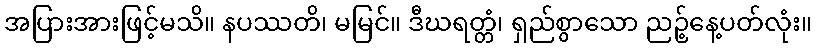
အပြားအားဖြင့်မသိ။ နပဿတိ၊ မမြင်။ ဒီဃရတ္တံ၊ ရှည်စွာသော ညဉ့်နေ့ပတ်လုံး။